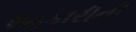
સહકારીની